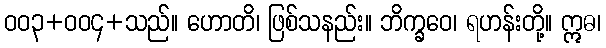
ဝဝ၃+ဝဝ၄+သည်။ ဟောတိ၊ ဖြစ်သနည်း။ ဘိက္ခဝေ၊ ရဟန်းတို့။ ဣဓ၊